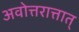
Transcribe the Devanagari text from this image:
अवोत्तरात्तात्